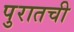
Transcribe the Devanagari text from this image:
पुरातची